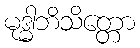
မုဒ္ဓါဘိသိတ္တော